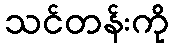
သင်တန်းကို